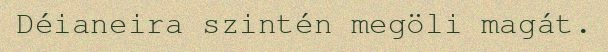
Déianeira szintén megöli magát.